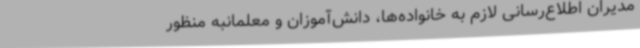
مدیران اطلاع‌رسانی لازم به خانواده‌ها، دانش‌آموزان و معلمانبه منظور